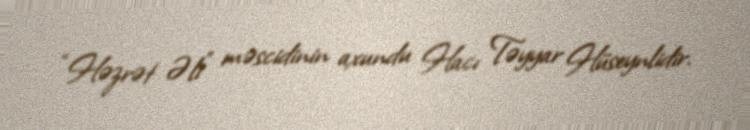
“Həzrət Əli” məscidinin axundu Hacı Təyyar Hüseynlidir.